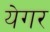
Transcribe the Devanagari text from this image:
येगर